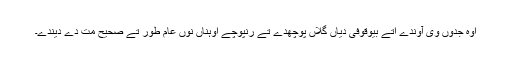
اوہ جدوں وی آوندے اتے بیوقوفی دیاں گلاں پوچھدے تے رنپوچے اوہناں نوں عام طور تے صحیح مت دے دیندے۔